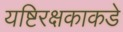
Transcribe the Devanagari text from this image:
यष्टिरक्षकाकडे